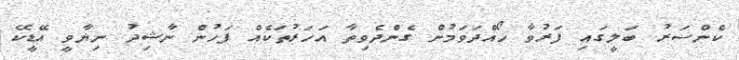
ކެންސަރު ބަލީގައި ފަރުވާ ހޯއްދަވަމުން ގެންދެވިތާ އަހަރުތަކެއް ފަހުން ނާޝިދު ނިޔާވީ އޭޑީކޭ